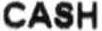
CASH